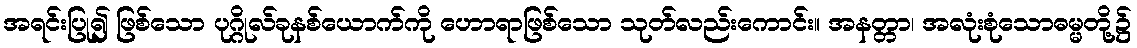
အရင်းပြု၍ ဖြစ်သော ပုဂ္ဂိုလ်ခုနစ်ယောက်ကို ဟောရာဖြစ်သော သုတ်လည်းကောင်း။ အနတ္တာ၊ အလုံးစုံသောဓမ္မတို့၌